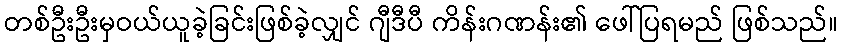
တစ်ဦးဦးမှဝယ်ယူခဲ့ခြင်းဖြစ်ခဲ့လျှင် ဂျီဒီပီ ကိန်းဂဏန်း၏ ဖေါ်ပြရမည် ဖြစ်သည်။